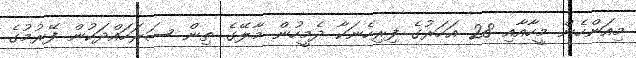
މިއަންހެން މީހާއާއި 28 އަހަރުގެ ފިރިހެނަކާ ދެމީހުން މާލޭގެ ތިން ސަރަހައްދަކުން ފޭރުމުގެ